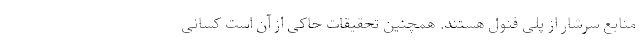
منابع سرشار از پلی فنول هستند. همچنین تحقیقات حاکی از آن است کسانی